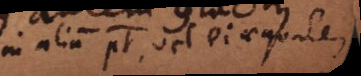
in alium potest, vel ei aequalem.